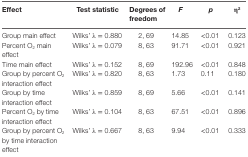
| Effect | Test statistic | Degrees of freedom | F | p | η2 |
 | --- | --- | --- | --- | --- | --- |
 | Group main effect | Wilks’ λ = 0.880 | 2, 69 | 14.85 | <0.01 | 0.123 |
 | Percent O2 main effect | Wilks’ λ = 0.079 | 8, 63 | 91.71 | <0.01 | 0.921 |
 | Time main effect | Wilks’ λ = 0.152 | 8, 69 | 192.96 | <0.01 | 0.848 |
 | Group by percent O2 interaction effect | Wilks’ λ = 0.820 | 8, 63 | 1.73 | 0.11 | 0.180 |
 | Group by time interaction effect | Wilks’ λ = 0.859 | 8, 69 | 5.66 | <0.01 | 0.141 |
 | Percent O2 by time interaction effect | Wilks’ λ = 0.104 | 8, 63 | 67.51 | <0.01 | 0.896 |
 | Group by percent O2 by time interaction effect | Wilks’ λ = 0.667 | 8, 63 | 9.94 | <0.01 | 0.333 |